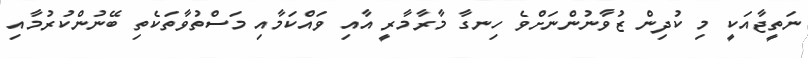
ނަތީޖާއަކީ މި ކުދިން ޒުވާނުންނަށްވެ ހިނގާ މާރާމާރީ އާއި ވައްކަމާއި މަސްތުވާތަކެތި ބޭނުންކުރުމާއި